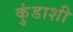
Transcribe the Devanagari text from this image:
कुंडाशी